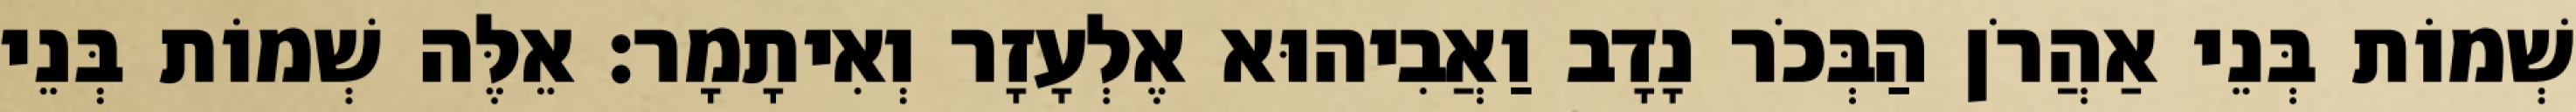
שְׁמוֹת בְּנֵי אַהֲרֹן הַבְּכֹר נָדָב וַאֲבִיהוּא אֶלְעָזָר וְאִיתָמָר׃ אֵלֶּה שְׁמוֹת בְּנֵי